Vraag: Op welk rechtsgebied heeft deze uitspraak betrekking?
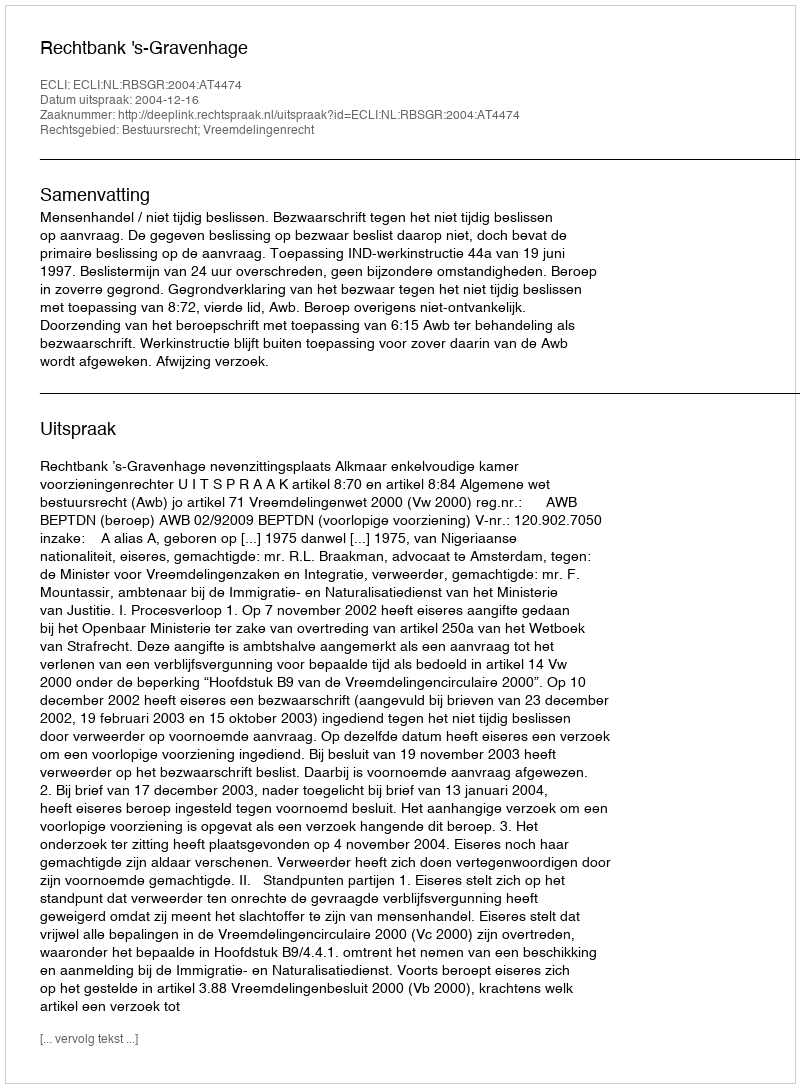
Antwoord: Bestuursrecht; Vreemdelingenrecht